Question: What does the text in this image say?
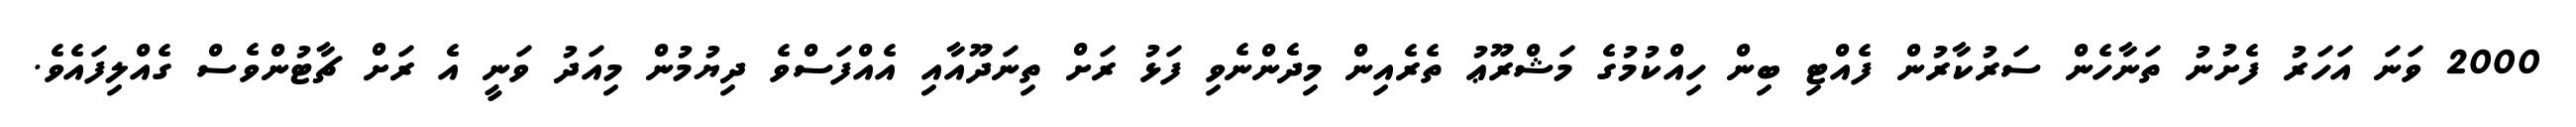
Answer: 2000 ވަނަ އަހަރު ފެށުނު ތަނާހެން ސަރުކާރުން ފެއްޓި ބިން ހިއްކުމުގެ މަޝްރޫޢު ތެރެއިން މިދެންނެވި ފަޅު ރަށް ތިނަދޫއާއި އެއްފަސްވެ ދިޔުމުން މިއަދު ވަނީ އެ ރަށް ޗާޓުންވެސް ގެއްލިފައެވެ.